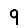
Digit: 9